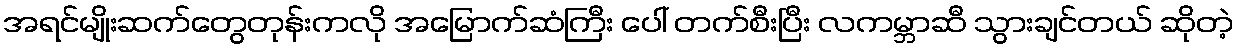
အရင်မျိုးဆက်တွေတုန်းကလို အမြောက်ဆံကြီး ပေါ် တက်စီးပြီး လကမ္ဘာဆီ သွားချင်တယ် ဆိုတဲ့